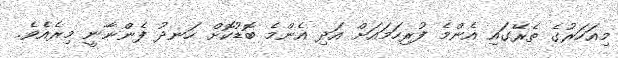
މިއަހަރުގެ ތެރޭގައި އެންމެ ފުރިހަމައަށް އަދި އެންމެ ބޮޑުކޮށް ހަނދު ފެންނާނީ މިރެއެވެ.